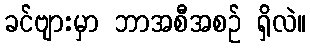
ခင်ဗျားမှာ ဘာအစီအစဉ် ရှိလဲ။